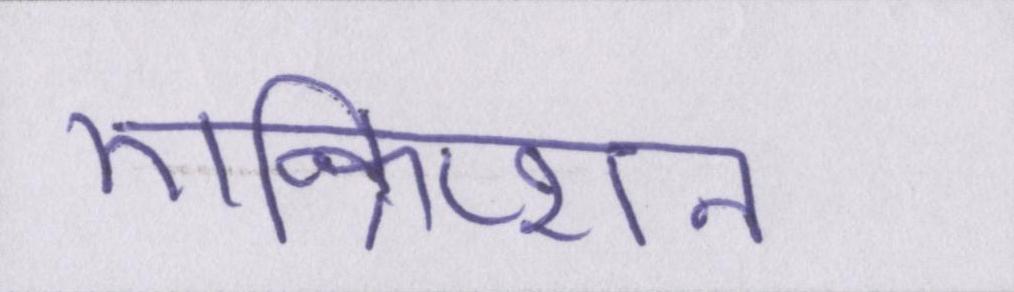
एन्क्रिप्शन